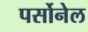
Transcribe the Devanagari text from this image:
पर्सोनेल